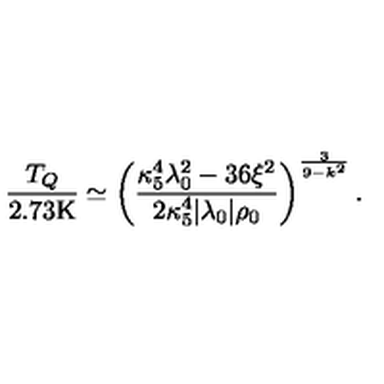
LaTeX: { \frac { T _ { Q } } { 2 . 7 3 \mathrm { K } } } \simeq \left( { \frac { \kappa _ { 5 } ^ { 4 } \lambda _ { 0 } ^ { 2 } - 3 6 \xi ^ { 2 } } { 2 \kappa _ { 5 } ^ { 4 } | \lambda _ { 0 } | \rho _ { 0 } } } \right) ^ { \frac { 3 } { 9 - k ^ { 2 } } } .